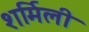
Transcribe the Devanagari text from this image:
शर्मिली